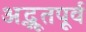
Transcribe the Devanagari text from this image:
अद्भूतपूर्व